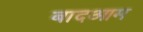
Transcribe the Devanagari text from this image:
बादआम